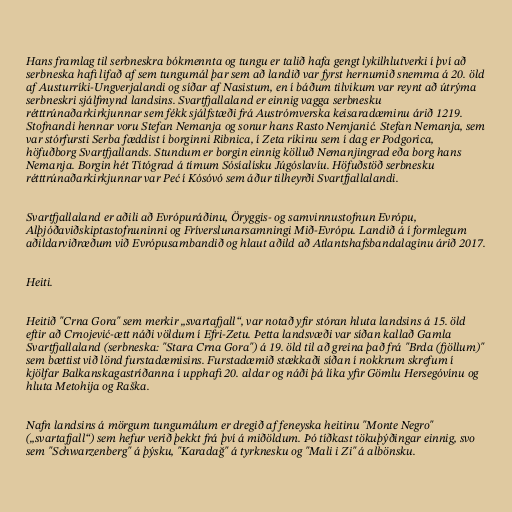
Hans framlag til serbneskra bókmennta og tungu er talið hafa gengt lykilhlutverki í því að
serbneska hafi lifað af sem tungumál þar sem að landið var fyrst hernumið snemma á 20. öld
af Austurríki-Ungverjalandi og síðar af Nasistum, en í báðum tilvikum var reynt að útrýma
serbneskri sjálfmynd landsins. Svartfjallaland er einnig vagga serbnesku
rétttrúnaðarkirkjunnar sem fékk sjálfstæði frá Austrómverska keisaradæminu árið 1219.
Stofnandi hennar voru Stefan Nemanja og sonur hans Rasto Nemjanić. Stefan Nemanja, sem
var stórfursti Serba fæddist í borginni Ribnica, í Zeta ríkinu sem í dag er Podgorica,
höfuðborg Svartfjallands. Stundum er borgin einnig kölluð Nemanjingrad eða borg hans
Nemanja. Borgin hét Títógrad á tímum Sósíalísku Júgóslavíu. Höfuðstöð serbnesku
rétttrúnaðarkirkjunnar var Peć í Kósóvó sem áður tilheyrði Svartfjallalandi.

Svartfjallaland er aðili að Evrópuráðinu, Öryggis- og samvinnustofnun Evrópu,
Alþjóðaviðskiptastofnuninni og Fríverslunarsamningi Mið-Evrópu. Landið á í formlegum
aðildarviðræðum við Evrópusambandið og hlaut aðild að Atlantshafsbandalaginu árið 2017.

Heiti.

Heitið "Crna Gora" sem merkir „svartafjall“, var notað yfir stóran hluta landsins á 15. öld
eftir að Crnojević-ætt náði völdum í Efri-Zetu. Þetta landsvæði var síðan kallað Gamla
Svartfjallaland (serbneska: "Stara Crna Gora") á 19. öld til að greina það frá "Brda (fjöllum)"
sem bættist við lönd furstadæmisins. Furstadæmið stækkaði síðan í nokkrum skrefum í
kjölfar Balkanskagastríðanna í upphafi 20. aldar og náði þá líka yfir Gömlu Hersegóvínu og
hluta Metohija og Raška.

Nafn landsins á mörgum tungumálum er dregið af feneyska heitinu "Monte Negro"
(„svartafjall“) sem hefur verið þekkt frá því á miðöldum. Þó tíðkast tökuþýðingar einnig, svo
sem "Schwarzenberg" á þýsku, "Karadağ" á tyrknesku og "Mali i Zi" á albönsku.